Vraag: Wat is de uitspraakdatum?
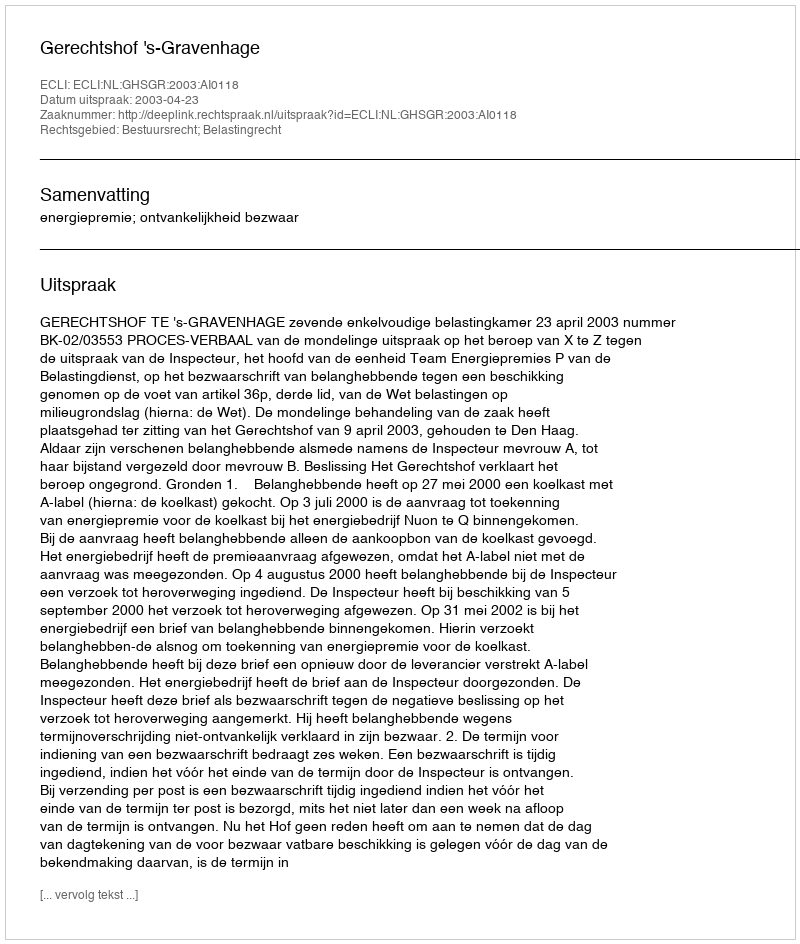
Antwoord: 2003-04-23